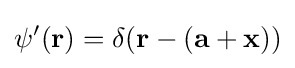
\psi '(\mathbf {r} )=\delta (\mathbf {r} -(\mathbf {a} +\mathbf {x} ))